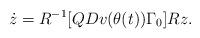
LaTeX: \begin{align*}\dot z= R^{-1}[QDv(\theta(t))\Gamma_0]R z. \end{align*}